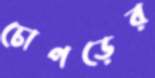
চোপড়ের